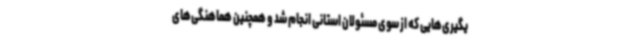
یگیری‌هایی که از سوی مسئولان استانی انجام شد و همچنین هماهنگی‌های